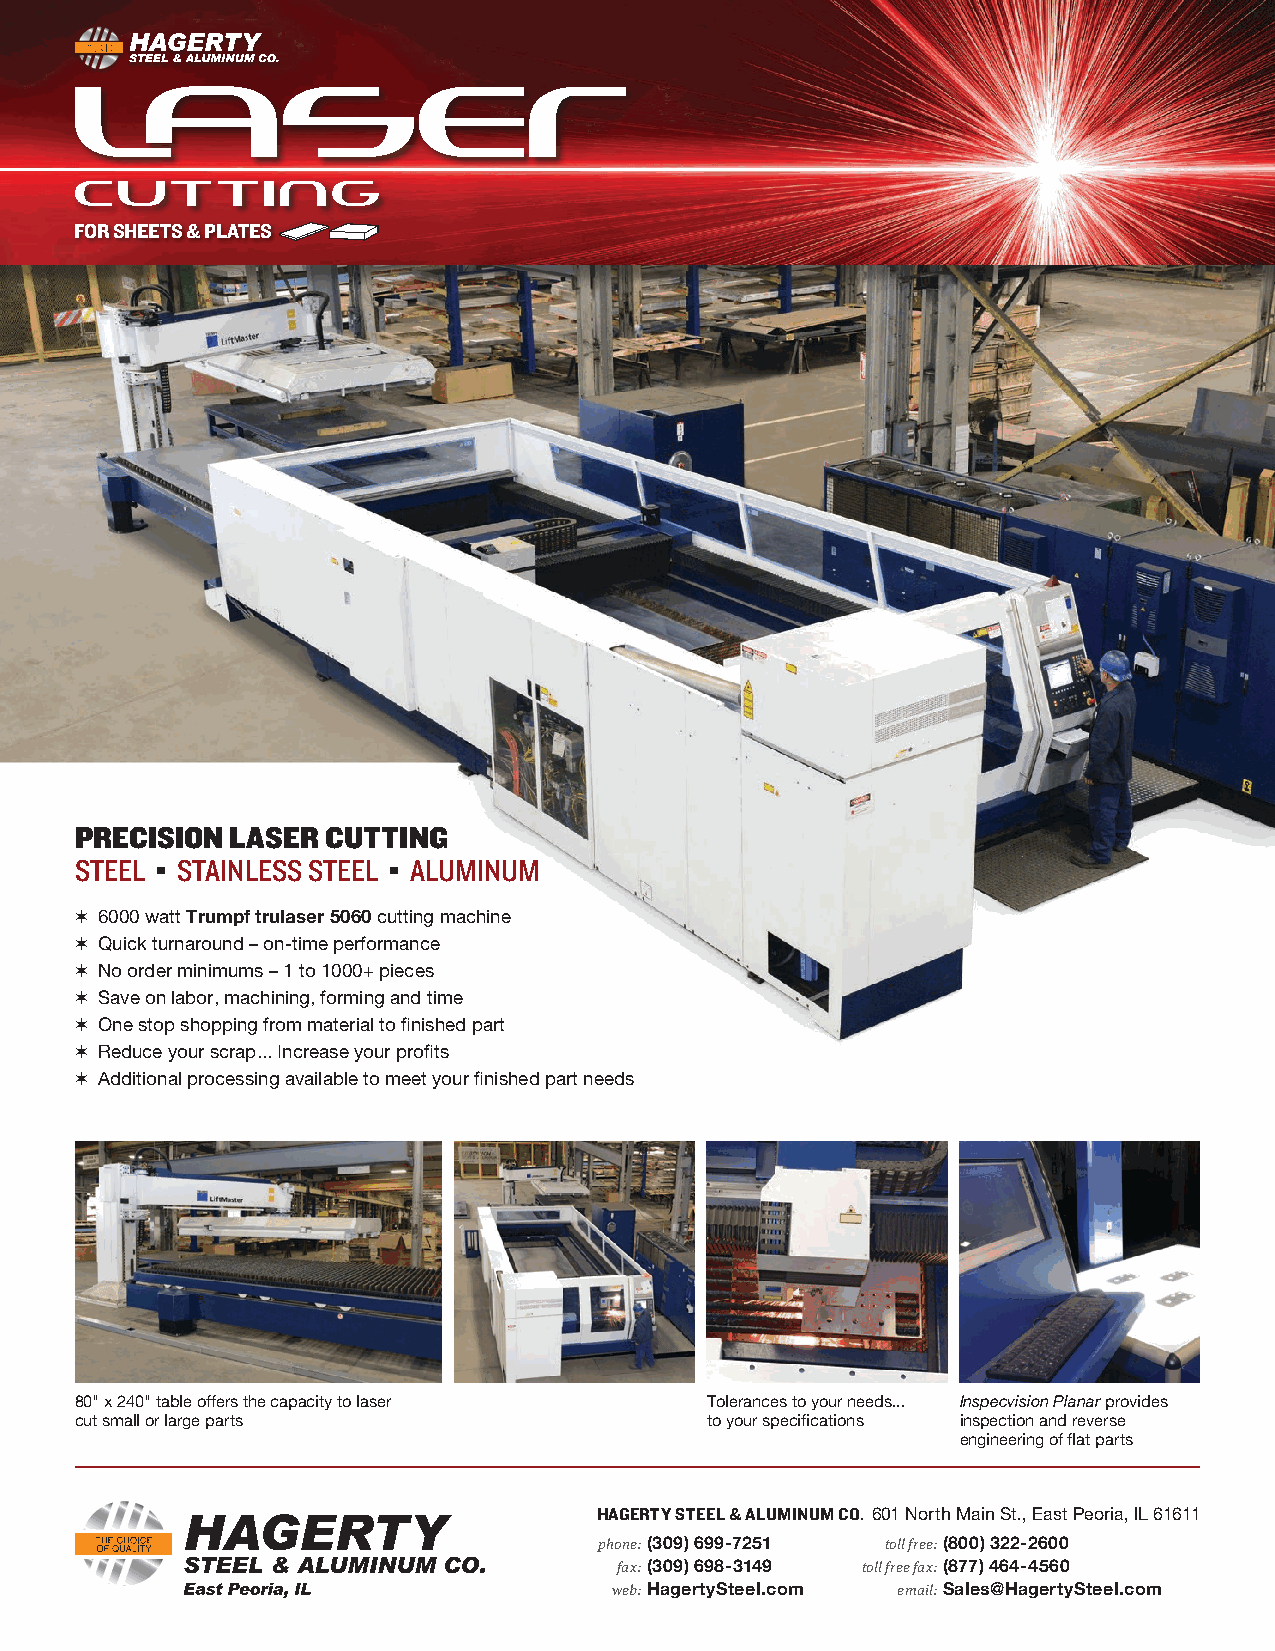
FOR SHEETS & PLATES
 PRECISION LASER  CUTTING
 STEEL ▪ STAINLESS STEEL ▪ ALUMINUM
 ✶ 6000 watt Trumpf trulaser 5060 cutting machine
 ✶ Quick turnaround – on-time performance
 ✶ No order minimums – 1 to 1000+ pieces
 ✶ Save on labor, machining, forming and time
 ✶ One stop shopping from material to finished part
 ✶ Reduce your scrap... Increase your profits
 ✶ Additional processing available to meet your finished part needs
 80" x 240" table offers the capacity to laser Tolerances to your needs... Inspecvision Planar provides
 cut small or large parts                  to your specifications inspection and reverse
 engineering of flat parts
 HAGERTY STEEL & ALUMINUM CO. 601 North Main St., East Peoria, IL 61611
 phone: (309) 699-7251 toll free: (800) 322-2600
 fax: (309) 698-3149 toll free fax: (877) 464-4560
 web: HagertySteel.com email: Sales@HagertySteel.com